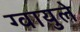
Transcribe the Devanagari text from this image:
ग्वायुले